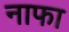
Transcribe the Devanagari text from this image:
नाफा